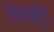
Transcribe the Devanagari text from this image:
टीडब्लूए